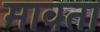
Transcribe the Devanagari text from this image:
मावता